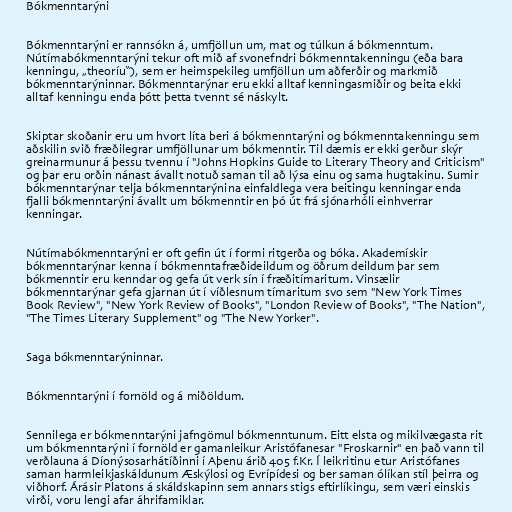
Bókmenntarýni

Bókmenntarýni er rannsókn á, umfjöllun um, mat og túlkun á bókmenntum.
Nútímabókmenntarýni tekur oft mið af svonefndri bókmenntakenningu (eða bara
kenningu, „theoríu“), sem er heimspekileg umfjöllun um aðferðir og markmið
bókmenntarýninnar. Bókmenntarýnar eru ekki alltaf kenningasmiðir og beita ekki
alltaf kenningu enda þótt þetta tvennt sé náskylt.

Skiptar skoðanir eru um hvort líta beri á bókmenntarýni og bókmenntakenningu sem
aðskilin svið fræðilegrar umfjöllunar um bókmenntir. Til dæmis er ekki gerður skýr
greinarmunur á þessu tvennu í "Johns Hopkins Guide to Literary Theory and Criticism"
og þar eru orðin nánast ávallt notuð saman til að lýsa einu og sama hugtakinu. Sumir
bókmenntarýnar telja bókmenntarýnina einfaldlega vera beitingu kenningar enda
fjalli bókmenntarýni ávallt um bókmenntir en þó út frá sjónarhóli einhverrar
kenningar.

Nútímabókmenntarýni er oft gefin út í formi ritgerða og bóka. Akademískir
bókmenntarýnar kenna í bókmenntafræðideildum og öðrum deildum þar sem
bókmenntir eru kenndar og gefa út verk sín í fræðitímaritum. Vinsælir
bókmenntarýnar gefa gjarnan út í víðlesnum tímaritum svo sem "New York Times
Book Review", "New York Review of Books", "London Review of Books", "The Nation",
"The Times Literary Supplement" og "The New Yorker".

Saga bókmenntarýninnar.

Bókmenntarýni í fornöld og á miðöldum.

Sennilega er bókmenntarýni jafngömul bókmenntunum. Eitt elsta og mikilvægasta rit
um bókmenntarýni í fornöld er gamanleikur Aristófanesar "Froskarnir" en það vann til
verðlauna á Díonýsosarhátíðinni í Aþenu árið 405 f.Kr. Í leikritinu etur Aristófanes
saman harmleikjaskáldunum Æskýlosi og Evrípídesi og ber saman ólíkan stíl þeirra og
viðhorf. Árásir Platons á skáldskapinn sem annars stigs eftirlíkingu, sem væri einskis
virði, voru lengi afar áhrifamiklar.